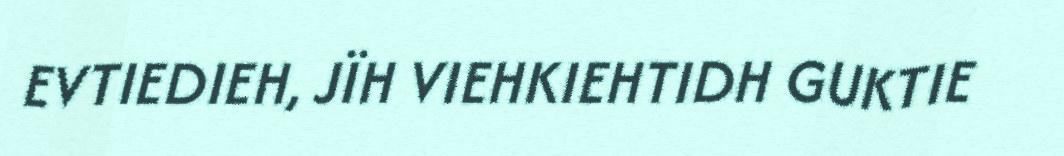
EVTIEDIEH, JÏH VIEHKIEHTIDH GUKTIE